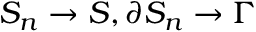
S _ { n } \rightarrow S , \partial S _ { n } \rightarrow \Gamma